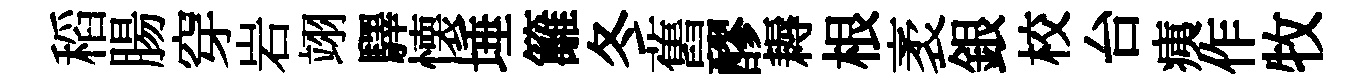
稻腸穿岩翊驛懐埵籬冬舊醪耨根袤銀校台痍作牧